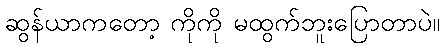
ဆွန်ယာကတော့ ကိုကို မထွက်ဘူးပြောတာပဲ။